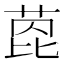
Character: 萞